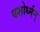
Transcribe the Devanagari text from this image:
यशोर्ध्मन्